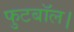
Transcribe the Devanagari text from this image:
फुटबॉल।